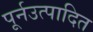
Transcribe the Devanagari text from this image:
पूर्नउत्पादित